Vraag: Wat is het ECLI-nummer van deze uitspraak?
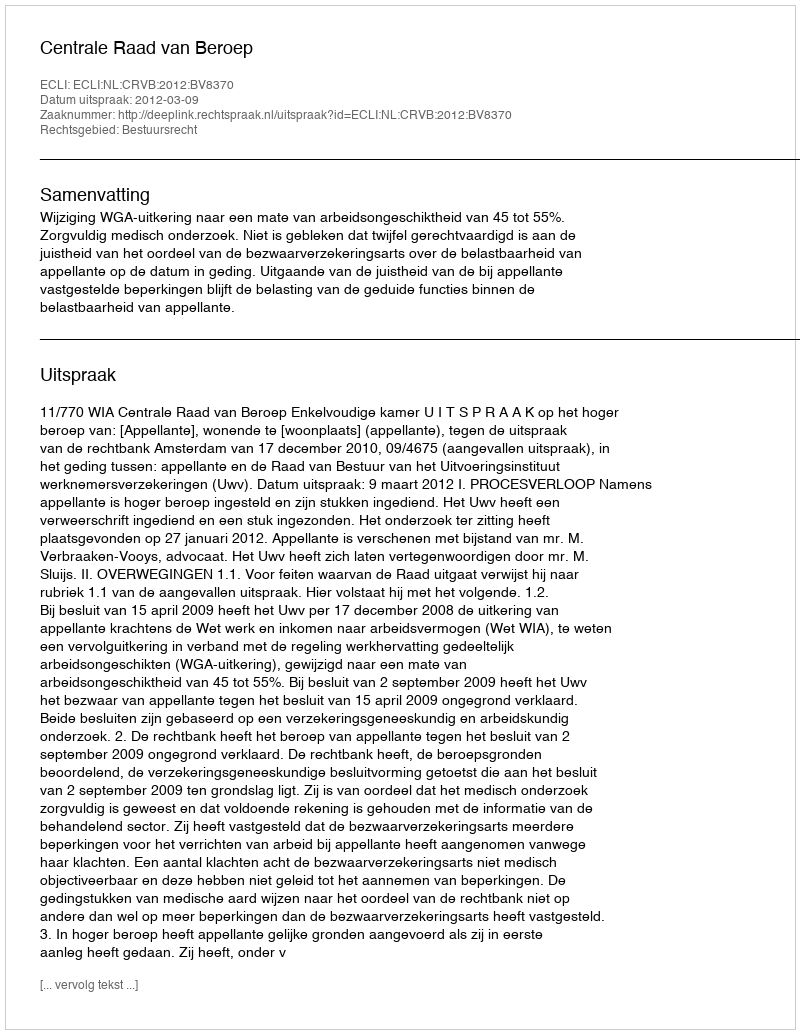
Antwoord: ECLI:NL:CRVB:2012:BV8370